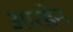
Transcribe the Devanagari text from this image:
आरडेन